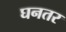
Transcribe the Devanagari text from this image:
घनतर